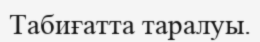
Табиғатта таралуы.